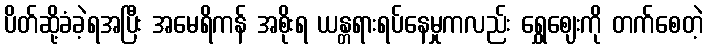
ပိတ်ဆို့ခံခဲ့ရအပြီး အမေရိကန် အစိုးရ ယန္တရားရပ်နေမှုကလည်း ရွှေဈေးကို တက်စေတဲ့